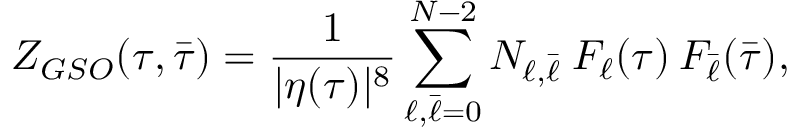
Z _ { G S O } ( \tau , \bar { \tau } ) = \frac { 1 } { | \eta ( \tau ) | ^ { 8 } } \sum _ { \ell , \bar { \ell } = 0 } ^ { N - 2 } N _ { \ell , \bar { \ell } } \: F _ { \ell } ( \tau ) \: F _ { \bar { \ell } } ( \bar { \tau } ) ,